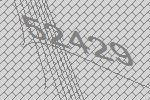
52429